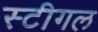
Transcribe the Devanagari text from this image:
स्टीगल